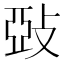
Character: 𱡙